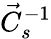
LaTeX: \vec{C}_{s}^{-1}